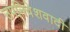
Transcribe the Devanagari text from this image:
उपनिवेशवादी